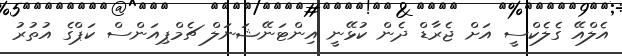
އެލްއޭ ގެލެކްސީ އަށް ޖެރާޑް ދެން ކުޅޭނީ އިންޓަނޭޝަނަލް ޗެމްޕިއަންސް ކަޕްގެ އުތުރު